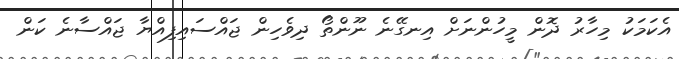
އެކަމަކު މިހާރު ދޮން މީހުންނަށް އިނގޭނެ ނޫންތޯ ދިވެހިން ޖައްސައިފިއްޔާ ޖައްސާނެ ކަން